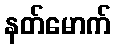
နတ်မောက်